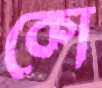
কো